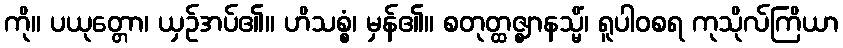
ကို။ ပယုတ္တော၊ ယှဉ်အပ်၏။ ဟိသစ္စံ၊ မှန်၏။ စတုတ္ထဇ္ဈာနသ္မိံ၊ ရူပါဝစရ ကုသိုလ်ကြိယာ